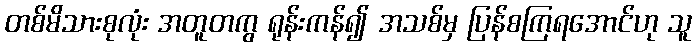
တစ်မိသားစုလုံး အတူတကွ ရုန်းကန်၍ အသစ်မှ ပြန်စကြရအောင်ဟု သူ